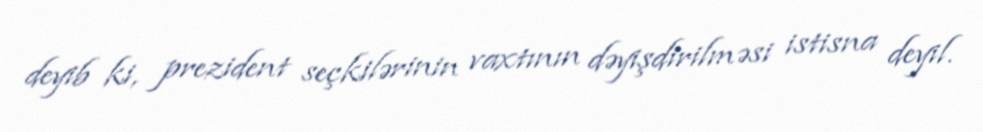
deyib ki, prezident seçkilərinin vaxtının dəyişdirilməsi istisna deyil.